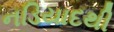
નડિયાદથી